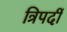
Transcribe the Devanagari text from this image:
त्रिपदीं